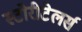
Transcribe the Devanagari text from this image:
स्टोरीटेलर्स